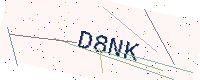
Text: D8NK